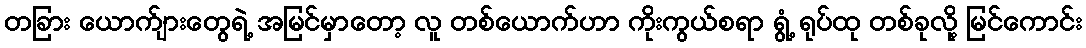
တခြား ယောက်ျားတွေရဲ့ အမြင်မှာတော့ လူ တစ်ယောက်ဟာ ကိုးကွယ်စရာ ရွံ့ ရုပ်ထု တစ်ခုလို့ မြင်ကောင်း